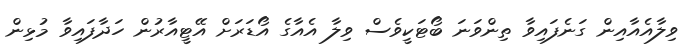
ވިލާއެއާއިން ގަނެފައިވާ ތިންވަނަ ބޯޓަކީވެސް ވިލާ އެއާގެ އޯޑަރަށް އޭޓީއާރުން ހަދާފައިވާ މުޅިން